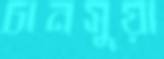
চানসুয়া